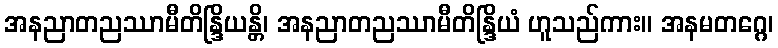
အနညာတညဿာမီတိန္ဒြိယန္တိ၊ အနညာတညဿာမီတိန္ဒြိယံ ဟူသည်ကား။ အနမတဂ္ဂေ၊